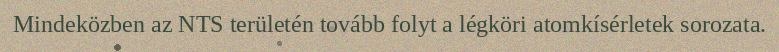
Mindeközben az NTS területén tovább folyt a légköri atomkísérletek sorozata.